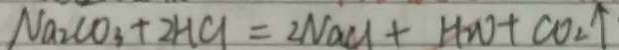
N a _ { 2 } C O _ { 3 } + 2 H C l = 2 N a C L + H _ { 2 } O + C O _ { 2 } \uparrow